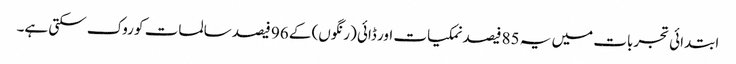
ابتدائی تجربات میں یہ 85 فیصد نمکیات اور ڈائی (رنگوں) کے 96 فیصد سالمات کو روک سکتی ہے۔